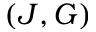
( J , G )